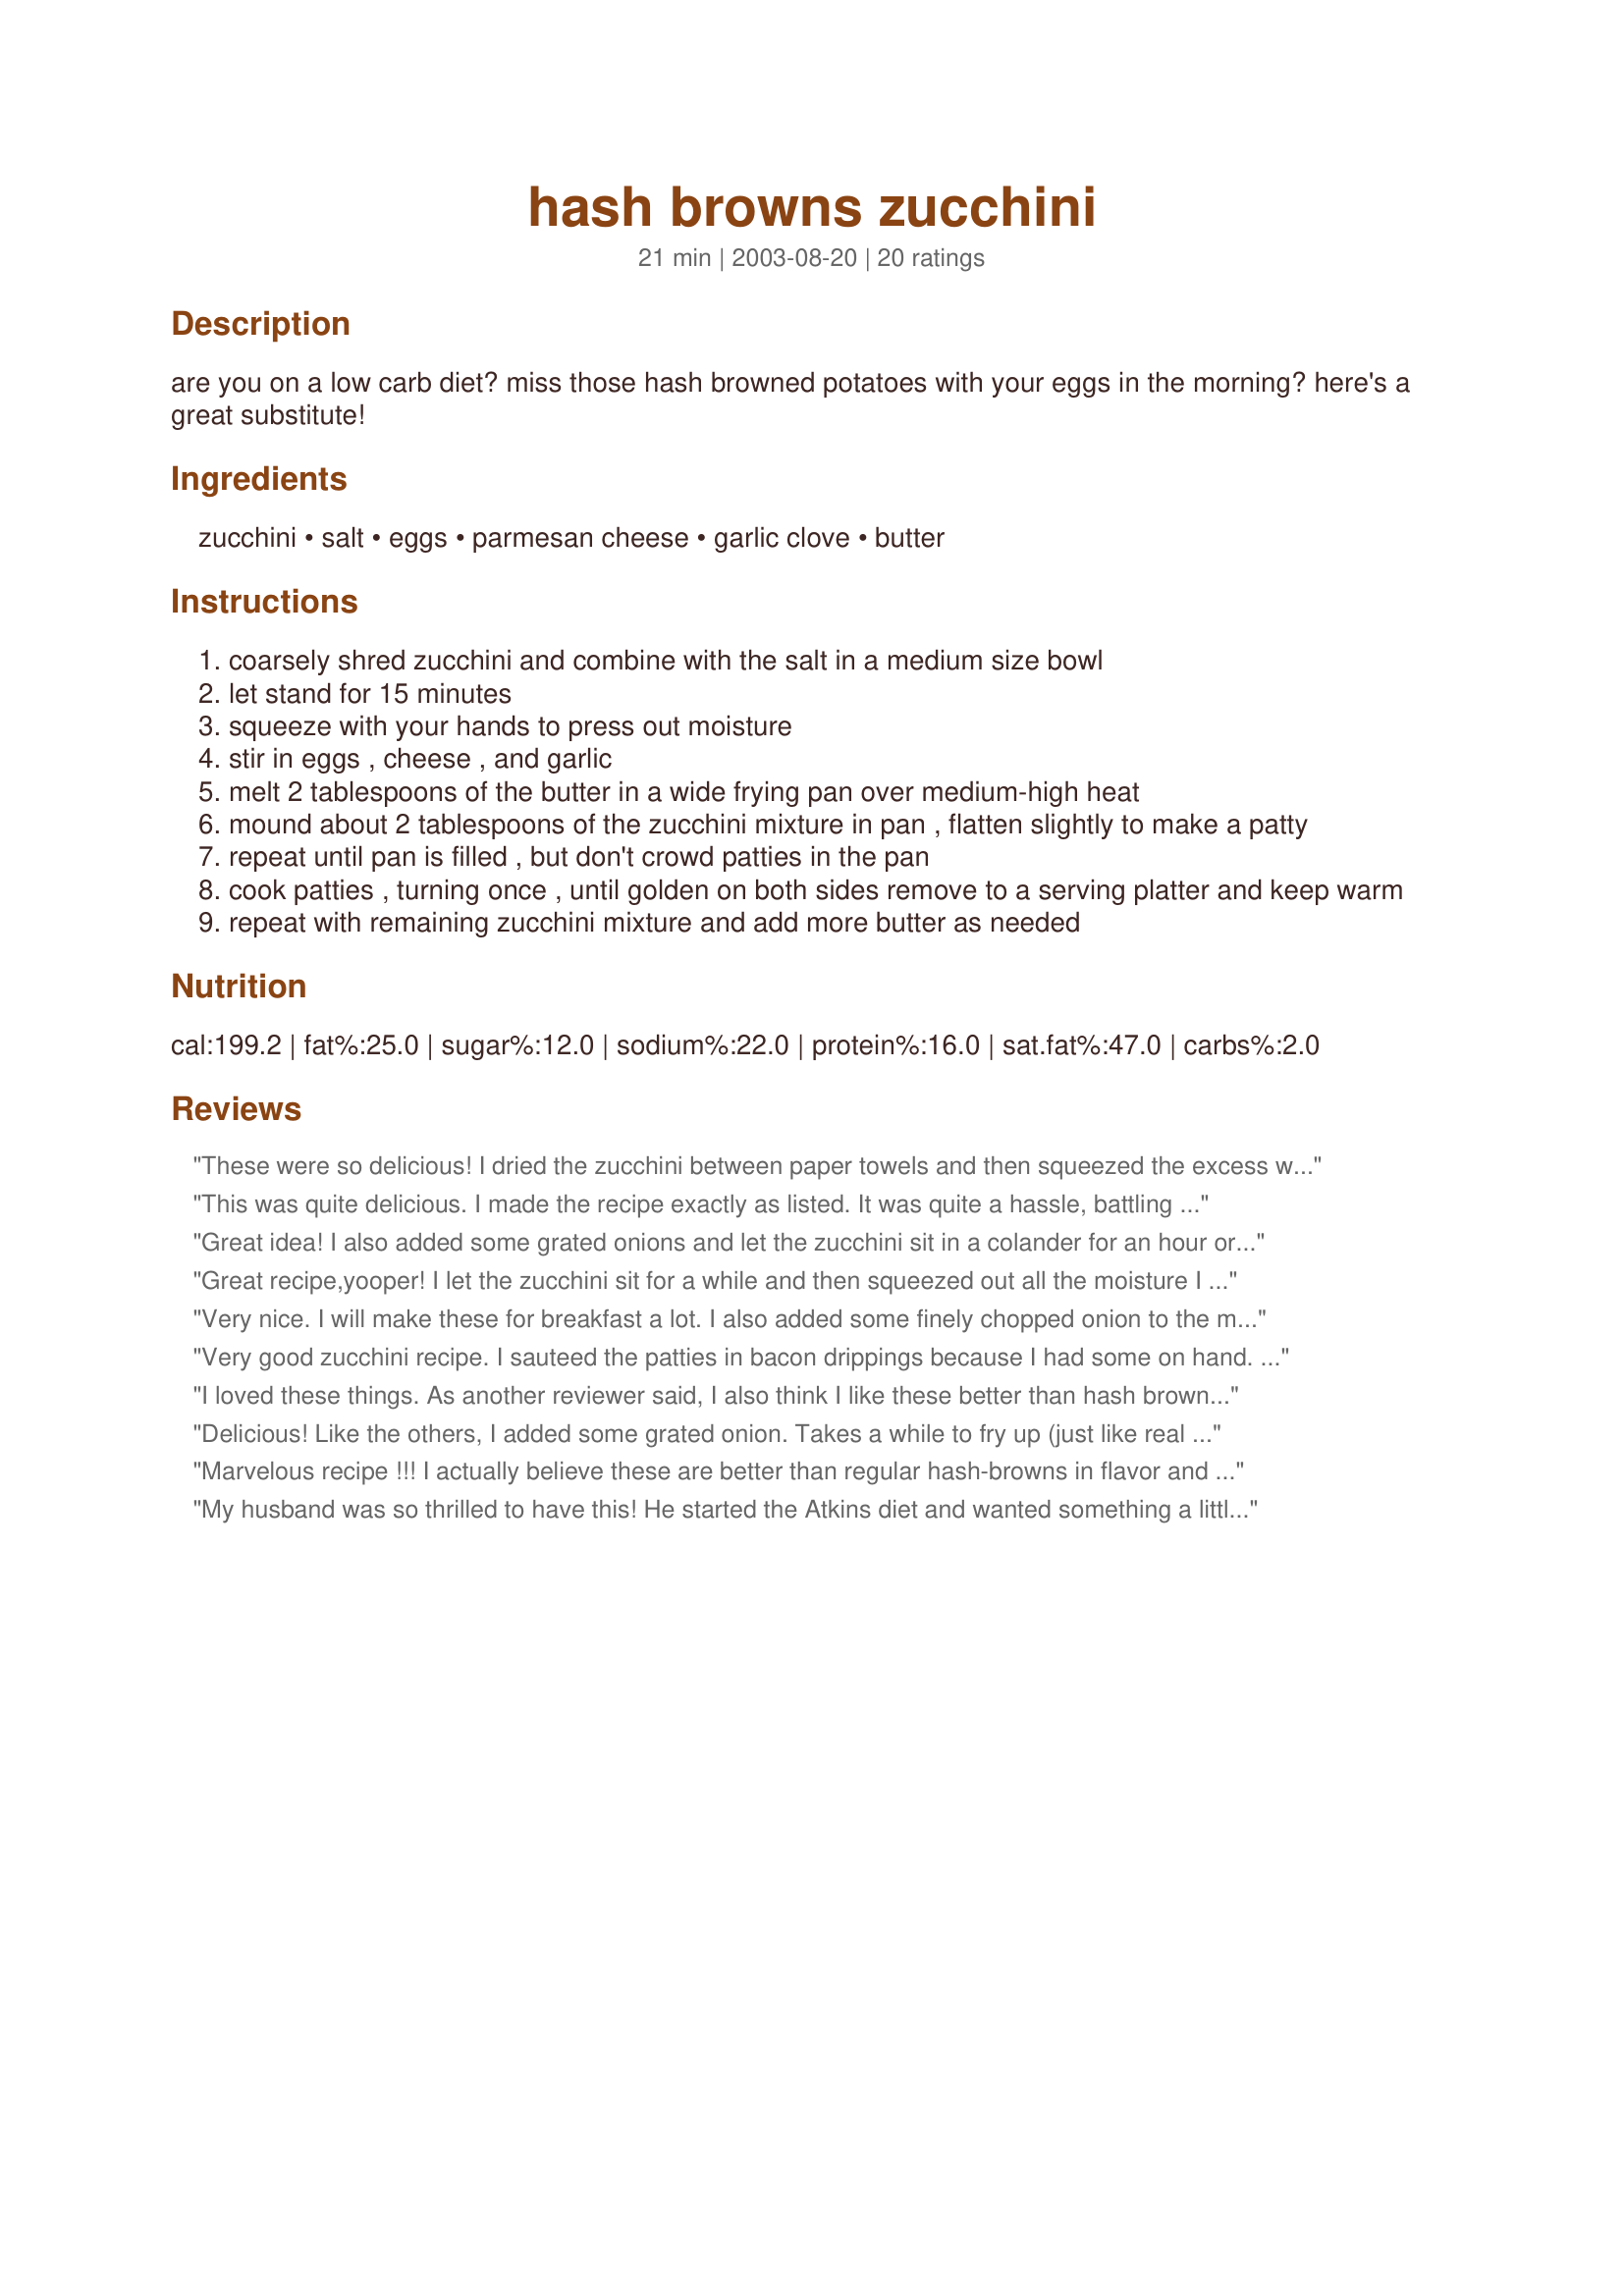
hash browns zucchini
Preparation time: 21 minutes

are you on a low carb diet? miss those hash browned potatoes with your eggs in the morning? here's a great substitute!

Ingredients:
zucchini, salt, eggs, parmesan cheese, garlic clove, butter

Steps:
coarsely shred zucchini and combine with the salt in a medium size bowl
let stand for 15 minutes
squeeze with your hands to press out moisture
stir in eggs , cheese , and garlic
melt 2 tablespoons of the butter in a wide frying pan over medium-high heat
mound about 2 tablespoons of the zucchini mixture in pan , flatten slightly to make a patty
repeat until pan is filled , but don't crowd patties in the pan
cook patties , turning once , until golden on both sides remove to a serving platter and keep warm
repeat with remaining zucchini mixture and add more butter as needed

Reviews:
These were so delicious! I dried the zucchini between paper towels and then squeezed the excess water out. I also added two tablespoons of flour and they held together beautifully. One last little change...I grated onion in it. This is my new favorite way to eat zucchini!
This was quite delicious. I made the recipe exactly as listed. It was quite a hassle, battling the moisture issue, but well worth the results. I will be making them again. And again.
Great idea! I also added some grated onions and let the zucchini sit in a colander for an hour or so... Definitely flatten these babies with a spatula to get more moisture out.
Great recipe,yooper! I let the zucchini sit for a while and then squeezed out all the moisture I could. I browned the patties in the fat from the bacon and cooked them up nice and crisp. Loved this!
Very nice. I will make these for breakfast a lot. I also added some finely chopped onion to the mix. They were great. Thanks.
Very good zucchini recipe. I sauteed the patties in bacon drippings because I had some on hand. Followed the recipe exactly but had difficulty keeping the patties together. May add a little amount of flour to the mixture the next time I made these.
I loved these things. As another reviewer said, I also think I like these better than hash brown potatoes. I can't wait to make them again for breakfast as a base for low carb Eggs Benedict. The only change I'll make is to let them sit in a strainer for a while after squeezing the first time. They were still giving up moisture after I mixed with the other ingredients. I'll also be sure to use a nonstick fry pan next time.
Delicious! Like the others, I added some grated onion. Takes a while to fry up (just like real hash browns) but so worth the effort. I just made a batch for my 8yo daughter at her request - and she is a notorious veggie hater. And perfect for me, as I am doing Atkins.
Marvelous recipe !!! I actually believe these are better than regular hash-browns in flavor and texture. Never again will I have to miss the taste of potatoes while on a low-carb eating plan...these are the perfect replacement. I had the zucchini when I came across this recipe and decided to try it immediately. I grated the zucchini with my food processor which made it so easy to porepare. I made 1/2 the recipe for just myself and found the patrties store and reheat well. The only change was the addition on 1 heaping Tablespoon of soy flour and cooked on low awhile as Miraklegirl suggested. I made a full recipe this week and have enjoyed them with my dinner meal along with breakfast. I topped some patties with a scant tablespoon of cottage cheese and others with plain low- fat yogurt as I am shying away from sour cream right now. Naturally I had to " cheat" and had one with catsup...yummmmmy. I suggest you give this recipe a try even if you are not on any special diet.... thanks for sharing Yooper !!!!
My husband was so thrilled to have this! He started the Atkins diet and wanted something a little different. These "hash browns" were the perfect thing. I cut the recipe in half very easily, and served them with a little sour cream on top. Hubby just loved them. Thanks, yooper!
While I wouldn't consider these a hash brown substitute I would consider them a delicious addition to any meal. Took advantage of the previous 11 reviewers' suggestions. I added onion, squeezed the zucchini again after letting it sit in a collander for 2-3 hours, cooked it on low for 5 minutes each side, then raised the heat and crisped the patties for 2 minutes each side in a nonstick pan. Will be making these again.
Great for a low carb diet. I made just like the recipe stated. DH & I enjoyed these very much. Thank you for sharing!
I halved this recipe and substituted a little skim mozzarella for the parmesan. It turned out very well and I was grateful to have something different for my South Beach Diet breakfast. I recommend cooking the patties a little longer on a low fire just to soften up the grated zucchini a little more. I will definately make these again. Thanks Yooper.
Nice change of pace from the "other" hash browns.
I prepared these as part of my breakfast, but think that I would prefer them as a part of lunch. I think that serving them up with cottage cheese and sliced tomatoes would be wonderful. I used roasted garlic instead of regular and butter-flavored cooking spray instead of the butter. The patties were a bit softer than I had anticipated, but the flavor was good. I like the suggestion of adding a bit of onion. I appreciate the review that notes the patties store and reheat well, as I will be having a couple for lunch. Thanks for posting.
Great recipe, super easy to make. Altho, I might put the zucchini in a colander next time to let the water drain out. My fiancee and son LOVED them, I wasn't as pleased with the result, but that is me cooking them right - I have to work on my technique for cooking them. Will cook again :D
I just made these today and they were very good! The only thing I wish I had done was press them down flatter while they were cooking. Inside was just a tad to soft.
Yummy! First time I followed the directions to a "T" and they were great. The second time I added onion and more cheese and a bit of bread crumbs. Thanks for sharing!
Wow, yummie in the tummy. I too added shredded onions and some flour and my kids and I love these.
I really enjoyed this one. It did give me a feeling of having something to eat besides meat. Thank you. Its a keeper. Margie
